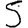
Digit: 5